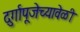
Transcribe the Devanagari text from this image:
दुर्गापूजेच्यावेळी